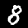
Label: 8